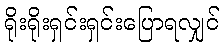
ရိုးရိုးရှင်းရှင်းပြောရလျှင်